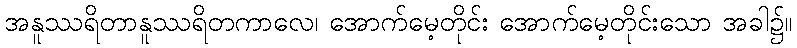
အနူဿရိတာနူဿရိတကာလေ၊ အောက်မေ့တိုင်း အောက်မေ့တိုင်းသော အခါ၌။